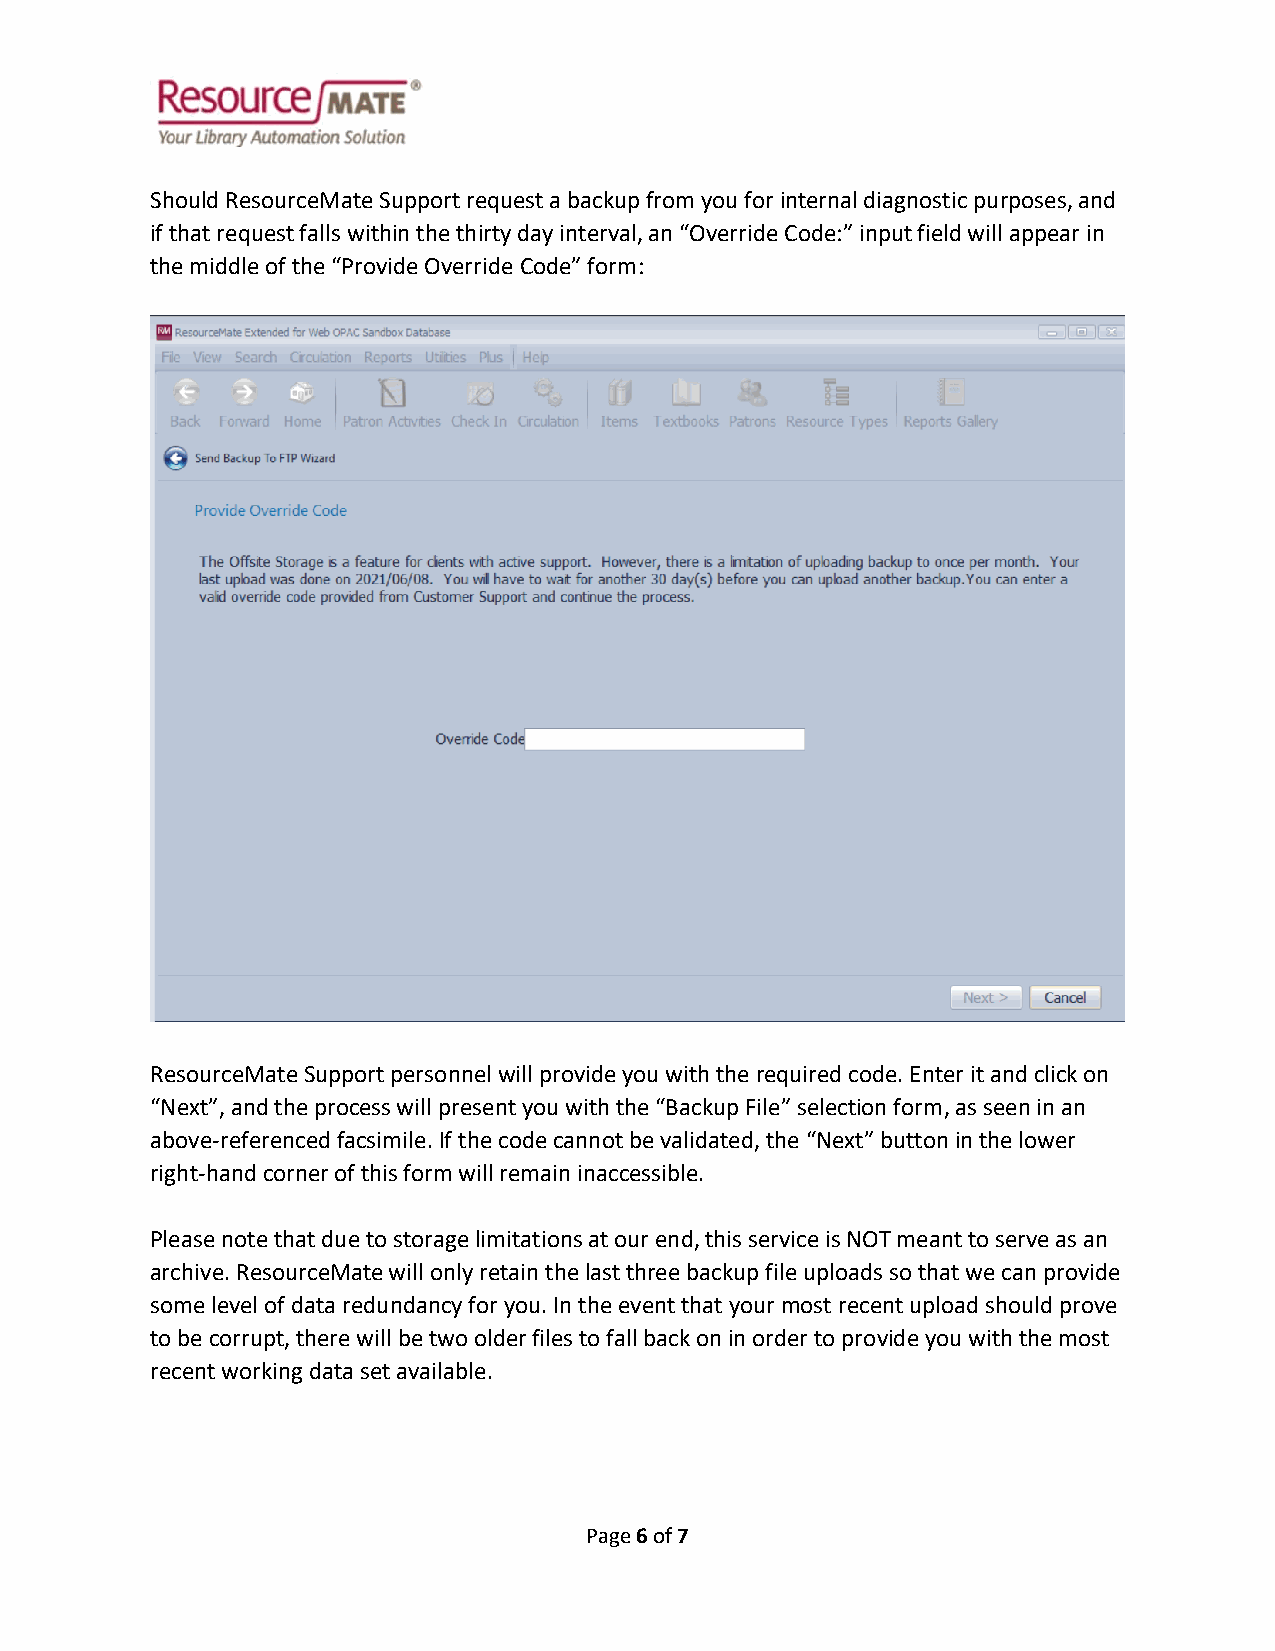
Should ResourceMate Support request a backup from you for internal diagnostic purposes, and
 if that request falls within the thirty day interval, an “Override Code:” input field will appear in
 the middle of the “Provide Override Code” form:
 ResourceMate Support personnel will provide you with the required code. Enter it and click on
 “Next”, and the process will present you with the “Backup File” selection form, as seen in an
 above-referenced facsimile. If the code cannot be validated, the “Next” button in the lower
 right-hand corner of this form will remain inaccessible.
 Please note that due to storage limitations at our end, this service is NOT meant to serve as an
 archive. ResourceMate will only retain the last three backup file uploads so that we can provide
 some level of data redundancy for you. In the event that your most recent upload should prove
 to be corrupt, there will be two older files to fall back on in order to provide you with the most
 recent working data set available.
 Page 6 of 7